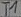
Text: T1